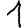
Digit: 1